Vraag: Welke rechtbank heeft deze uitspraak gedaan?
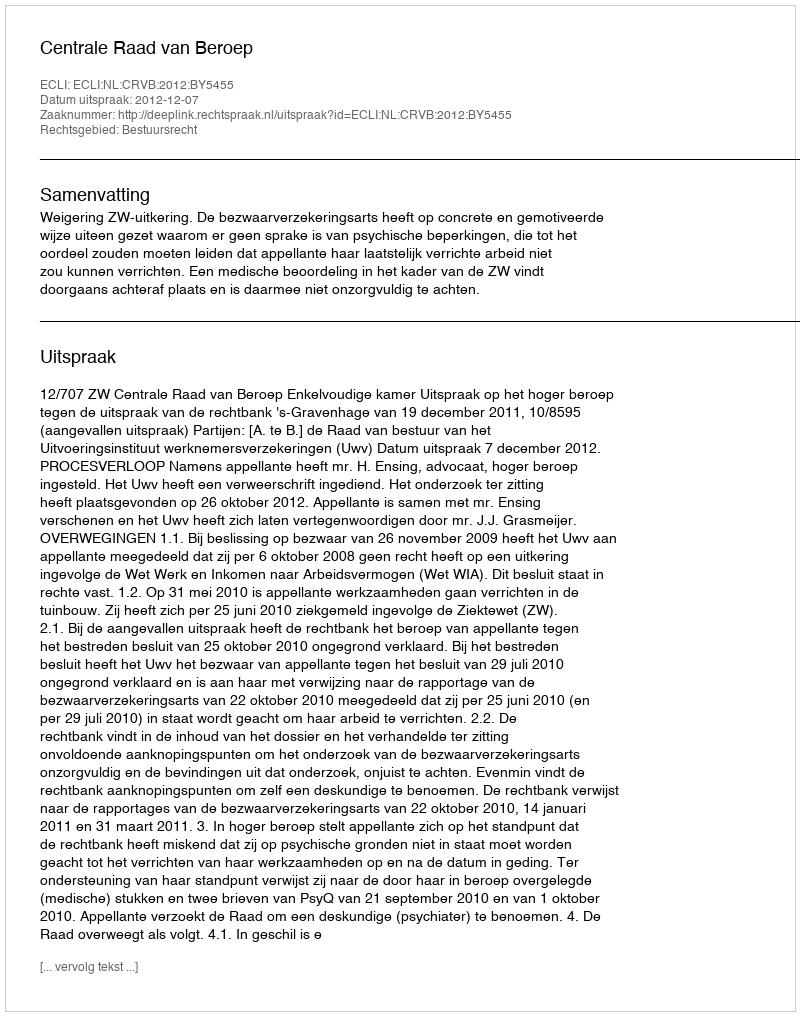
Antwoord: Centrale Raad van Beroep